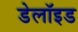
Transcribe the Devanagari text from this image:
डेलॉइड